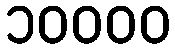
၁၀၀၀၀